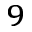
^ { 9 }